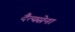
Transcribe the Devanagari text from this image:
दैत्यसेना